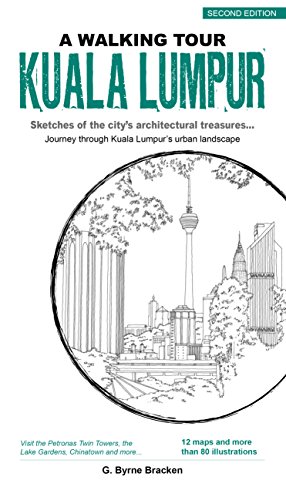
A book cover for A Walking Tour Kuala Lumpur; G. Bryne Bracken; Travel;